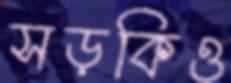
সড়কিও